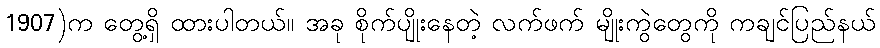
1907)က တွေ့ရှိ ထားပါတယ်။ အခု စိုက်ပျိုးနေတဲ့ လက်ဖက် မျိုးကွဲတွေကို ကချင်ပြည်နယ်